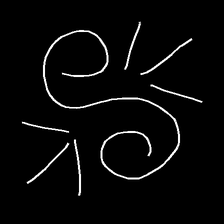
Glyph: wind-directs-air